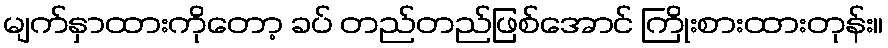
မျက်နှာထားကိုတော့ ခပ် တည်တည်ဖြစ်အောင် ကြိုးစားထားတုန်း။